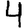
Digit: 4